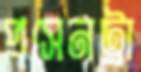
প্রসেনট্রা